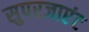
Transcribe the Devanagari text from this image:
सुपरजाएंट